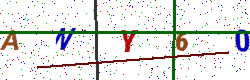
Text: ANY60